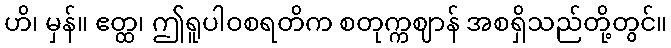
ဟိ၊ မှန်။ ဧတ္ထ၊ ဤရူပါဝစရတိက စတုက္ကဈာန် အစရှိသည်တို့တွင်။